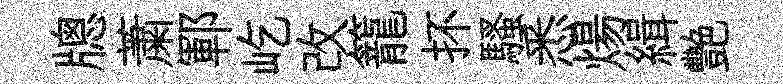
牕䔥鄆屹改籠抔騷悉煬緝艷